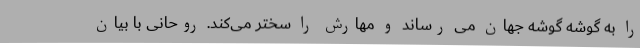
را به گوشه گوشه جهان می رساند و مهارش را سختر می‌کند. روحانی با بیان